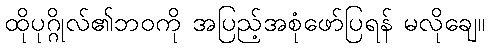
ထိုပုဂ္ဂိုလ်၏ဘဝကို အပြည့်အစုံဖော်ပြရန် မလိုချေ။